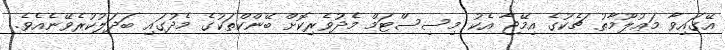
އޭގައިވާ މަޢުލޫމާތު ޗެކުގެ އިމޭޖާ އެކު މިސިސްޓަމް މެދުވެރިކޮށް ބޭންކްތަކުގެ މެދުގައި ބަދަލުކުރެވޭނެއެވެ.